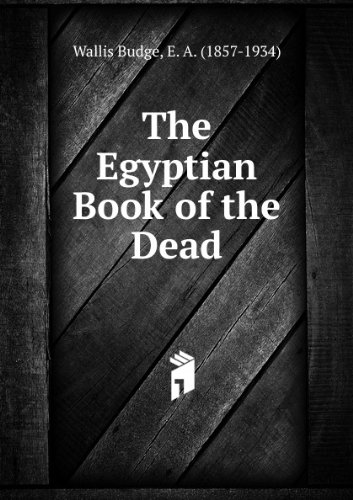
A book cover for The Egyptian Book of the Dead; E. A. (1857-1934) Wallis Budge; Religion & Spirituality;